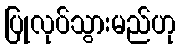
ပြုလုပ်သွားမည်ဟု